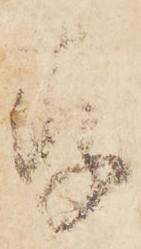
存